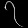
Digit: ၇